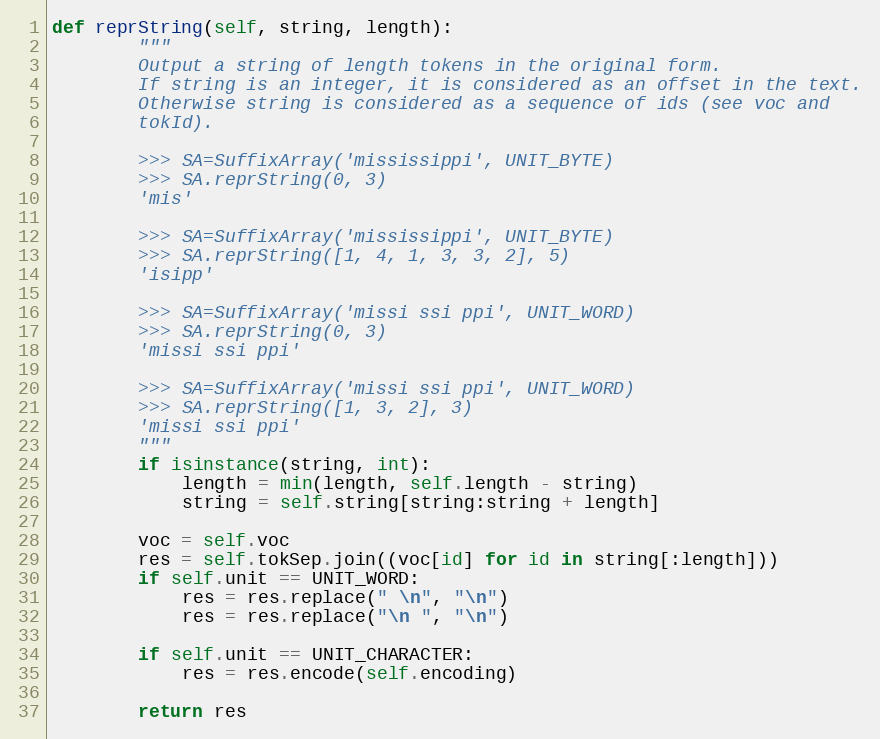
Language: Python
def reprString(self, string, length):
        """
        Output a string of length tokens in the original form.
        If string is an integer, it is considered as an offset in the text.
        Otherwise string is considered as a sequence of ids (see voc and
        tokId).

        >>> SA=SuffixArray('mississippi', UNIT_BYTE)
        >>> SA.reprString(0, 3)
        'mis'

        >>> SA=SuffixArray('mississippi', UNIT_BYTE)
        >>> SA.reprString([1, 4, 1, 3, 3, 2], 5)
        'isipp'

        >>> SA=SuffixArray('missi ssi ppi', UNIT_WORD)
        >>> SA.reprString(0, 3)
        'missi ssi ppi'

        >>> SA=SuffixArray('missi ssi ppi', UNIT_WORD)
        >>> SA.reprString([1, 3, 2], 3)
        'missi ssi ppi'
        """
        if isinstance(string, int):
            length = min(length, self.length - string)
            string = self.string[string:string + length]

        voc = self.voc
        res = self.tokSep.join((voc[id] for id in string[:length]))
        if self.unit == UNIT_WORD:
            res = res.replace(" \n", "\n")
            res = res.replace("\n ", "\n")

        if self.unit == UNIT_CHARACTER:
            res = res.encode(self.encoding)

        return res